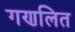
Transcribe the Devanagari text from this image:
गणलित